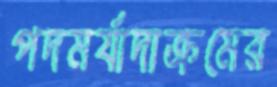
পদমর্যাদাক্রমের